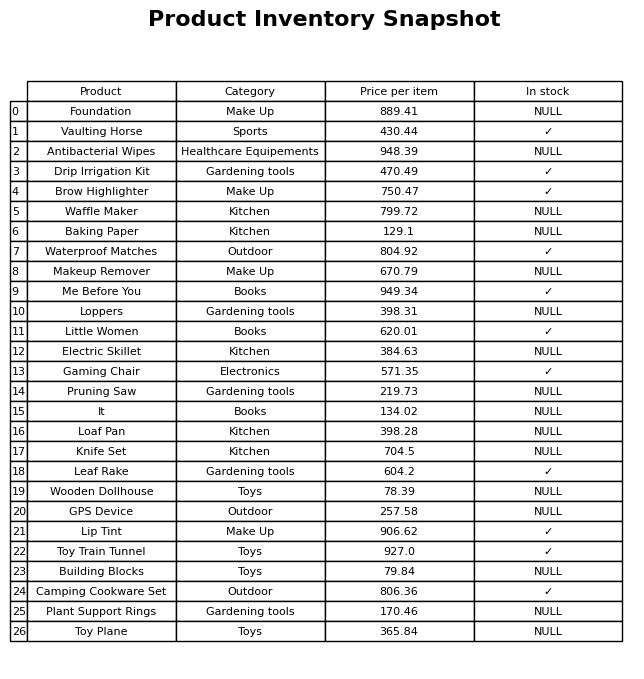
question: What is the price of the Camping Cookware Set?
answer: The price of Camping Cookware Set is 806.36.